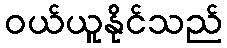
ဝယ်ယူနိုင်သည်